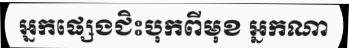
អ្នកផ្សេងជិះបុកពីមុខ អ្នកណា